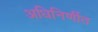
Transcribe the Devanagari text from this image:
अधिनिर्णीत